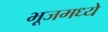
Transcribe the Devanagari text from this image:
भूजमध्ये